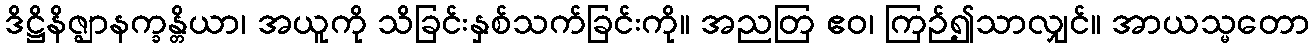
ဒိဋ္ဌိနိဇ္ဈာနက္ခန္တိယာ၊ အယူကို သိခြင်းနှစ်သက်ခြင်းကို။ အညတြ ဧဝ၊ ကြဉ်၍သာလျှင်။ အာယသ္မတော